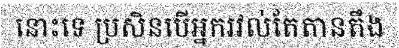
នោះទេ ប្រសិនបើអ្នករវល់តែតានតឹង